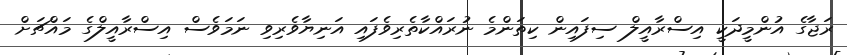
ރަޖާގެ އުންމީދަކީ އިސްރާއީލް ސިފައިން ކިތަންމެ ނުރައްކާތެރިވެފައި އަނިޔާވެރިވި ނަމަވެސް އިސްރާއީލްގެ މައްޗަށް